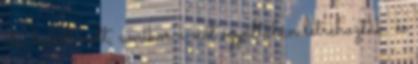
óta halott volt, amikor a nőt egyáltalán létrehozták, és